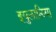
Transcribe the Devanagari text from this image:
इयुलालिया